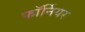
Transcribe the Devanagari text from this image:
फॉर्नियर